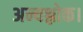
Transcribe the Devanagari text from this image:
अन्यश्लोक।